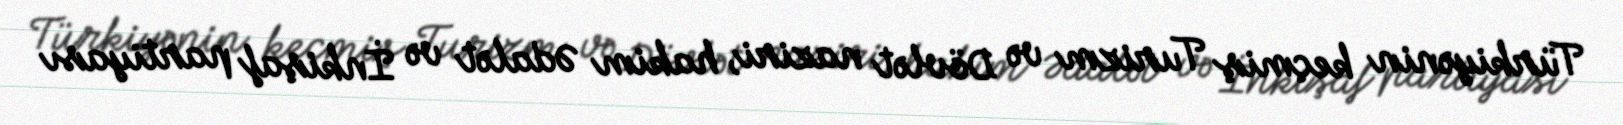
Türkiyənin keçmiş Turizm və Dövlət naziri, hakim Ədalət və İnkişaf partiyası